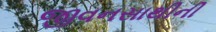
જીવનસાથીની